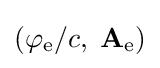
(\varphi _{\mathrm {e} }/c,\;\mathbf {A} _{\mathrm {e} })